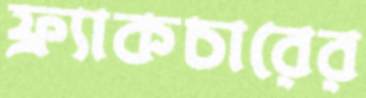
ফ্র্যাকচারের